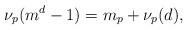
LaTeX: \begin{align*} \nu_p(m^d-1)=m_p+\nu_p(d),\end{align*}